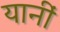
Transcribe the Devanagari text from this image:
यानीं